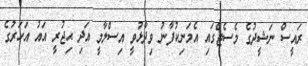
ރައީސް ނަޝީދުގެ މެސެޖްގައި އެމަނިކުފާނު ވިދާޅުވީ އިސްލާމީ އަދި ޙިޖުރީ އައު އަހަރުގެ